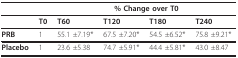
|  |  | <COLSPAN=4> % Change over T0 |
 | --- | --- | --- | --- | --- | --- |
 |  | T0 | T60 | T120 | T180 | T240 |
 | PRB | 1 | 55.1 ±7.19* | 67.5 ±7.20* | 54.5 ±6.52* | 75.8 ±9.21* |
 | Placebo | 1 | 23.6 ±5.38 | 74.7 ±5.91* | 44.4 ±5.81* | 43.0 ±8.47 |